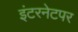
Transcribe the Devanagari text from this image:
इंटरनेटपर